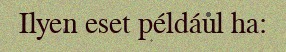
Ilyen eset például ha: